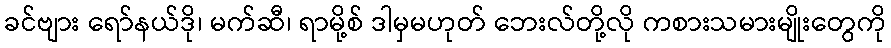
ခင်ဗျား ရော်နယ်ဒို၊ မက်ဆီ၊ ရာမို့စ် ဒါမှမဟုတ် ဘေးလ်တို့လို ကစားသမားမျိုးတွေကို